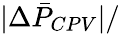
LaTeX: |\Delta\bar{P}_{CPV}|/\